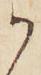
か